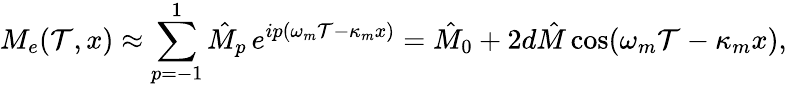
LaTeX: M_{e}(\mathcal{T},x)\approx\sum_{p=-1}^{1}\hat{{M}}_{p}\, e^{ip(\omega_{m}\mathcal{T}-\kappa_{m}x)}=\hat{{M}}_{0}+2d\hat{{M}}\cos(\omega_{m}\mathcal{T}-\kappa_{m}x),